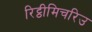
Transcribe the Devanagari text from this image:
रिट्ठीमिचरिउ